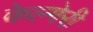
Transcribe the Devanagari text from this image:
केल्गेरी